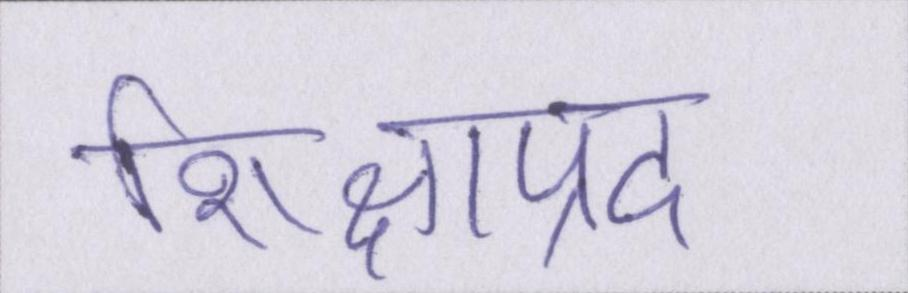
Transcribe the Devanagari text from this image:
शिक्षाप्रद